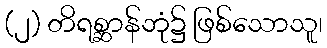
(၂) တိရစ္ဆာန်ဘုံ၌ ဖြစ်သောသူ၊